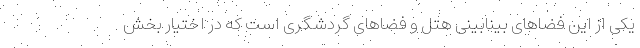
یکی از این فضاهای بینابینی هتل و فضاهای گردشگری است که در اختیار بخش